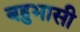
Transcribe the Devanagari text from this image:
बहुभासी